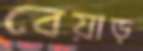
বেয়াড়